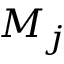
M _ { j }